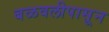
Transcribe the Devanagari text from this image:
बळवलीपासून